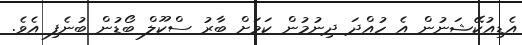
އެޑިއުކޭޝަނުން އެ ހުއްދަ ދިނުމުން ކަމަށް ބާރު ސްކޫލް ބޯޑުން ބުނެފި އެވެ.